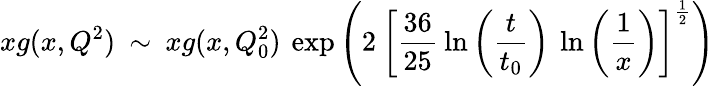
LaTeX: xg(x,Q^{2})\: \sim\: xg(x,Q_{0}^{2})\: \exp\left(2\: \left[\frac{36}{25}\: \ln\left(\frac{t}{t_{0}}\right)\: \ln\left(\frac{1}{x}\right)\right]^{\frac{1}{2}}\right)